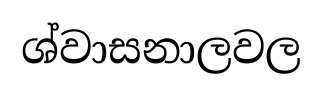
ශ්වාසනාලවල